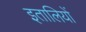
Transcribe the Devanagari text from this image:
इतालियों